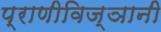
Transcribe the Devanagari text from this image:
प्राणीविज्ञानी